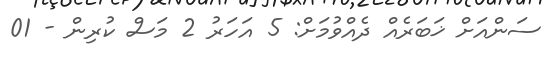
ސަންއަށް ޚަބަރެއް ދެއްވުމަށް: 5 އަހަރު 2 މަސް ކުރިން - 01